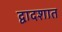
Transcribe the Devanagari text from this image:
द्वादशात